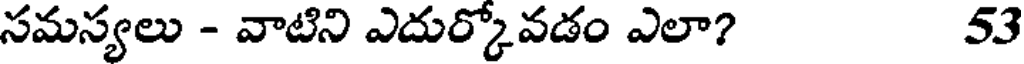
సమస్యలు - వాటిని ఎదుర్కోవడం ఎలా? 53